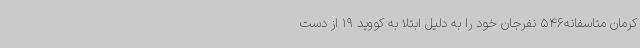
کرمان متاسفانه546 نفرجان خود را به دلیل ابتلا به کووید 19 از دست